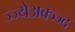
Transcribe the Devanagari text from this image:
ज्ज्येअक्ज्ज्द